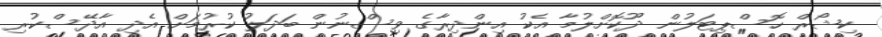
ކިޝޯރް ހޮސްޕިޓަލުން ދޫކޮށްލުމާ އެކު އިންދިރާގެ ވިސްނުން ބަދަލު ކުރުމަށް އެދި އާދޭސްކުރި